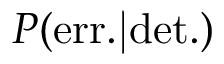
P ( \mathrm { e r r . | d e t . } )